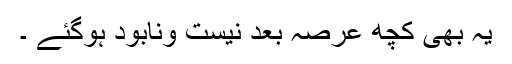
یہ بھی کچھ عرصہ بعد نیست ونابود ہوگئے ۔